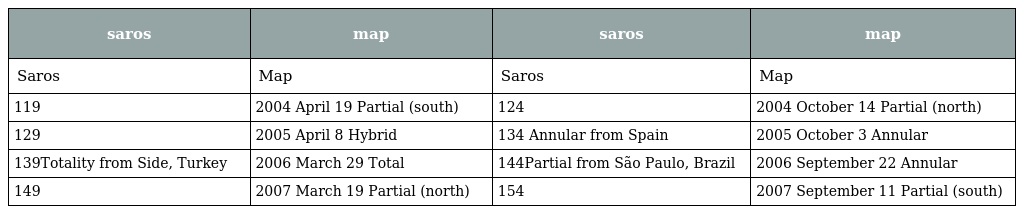
| saros | map | saros | map |
 | --- | --- | --- | --- |
 | Saros | Map | Saros | Map |
 | 119 | 2004 April 19 Partial (south) | 124 | 2004 October 14 Partial (north) |
 | 129 | 2005 April 8 Hybrid | 134 Annular from Spain | 2005 October 3 Annular |
 | 139Totality from Side, Turkey | 2006 March 29 Total | 144Partial from São Paulo, Brazil | 2006 September 22 Annular |
 | 149 | 2007 March 19 Partial (north) | 154 | 2007 September 11 Partial (south) |